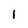
Character: i